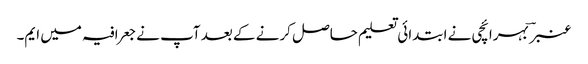
عنبر ؔ بہرائچی نے ابتدائی تعلیم حاصل کرنے کے بعد آپ نے جعرافیہ میں ایم۔